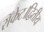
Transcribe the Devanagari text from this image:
रॉकेट।द्वितीय